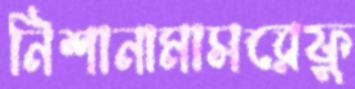
নিশানামাসরেফু